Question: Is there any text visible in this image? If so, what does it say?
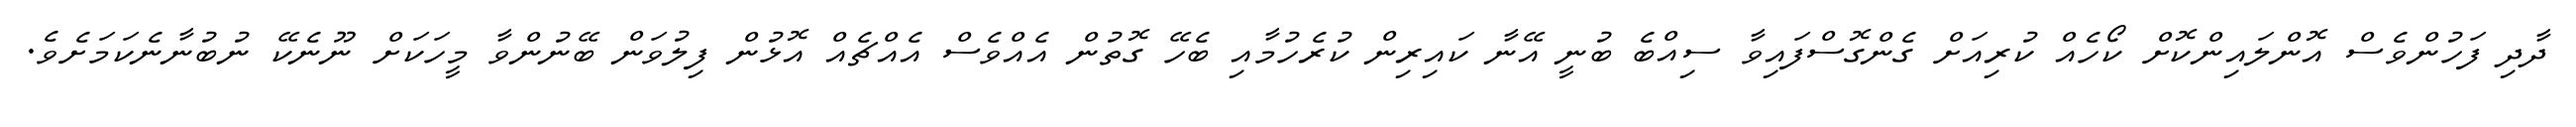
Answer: ދާދި ފަހުންވެސް އޮންލައިންކޮށް ކޯހެއް ކުރިއަށް ގެންގޮސްފައިވާ ސިއްބެ ބުނީ އޭނާ ކައިރިން ކުރެހުމާއި ބެހޭ ގޮތުން އެއްވެސް އެއްޗެއް އޮޅުން ފިލުވަން ބޭނުންވާ މީހަކަށް ނޫނެކޭ ނުބުނާނެކަމަށެވެ.